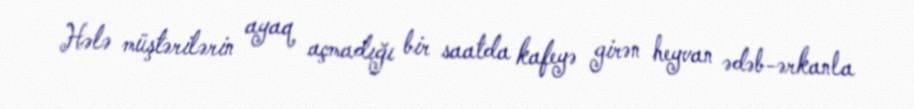
Hələ müştərilərin ayaq açmadığı bir saatda kafeyə girən heyvan ədəb-ərkanla